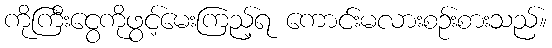
ကိုကြီးငွေကိုဖွင့်မေးကြည့်ရ ကောင်းမလားစဉ်းစားသည်။